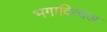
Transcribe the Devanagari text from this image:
भगादित्यअ